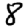
Digit: 8